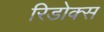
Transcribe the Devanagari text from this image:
रिडोक्स